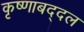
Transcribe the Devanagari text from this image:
कृष्णाबद्दल